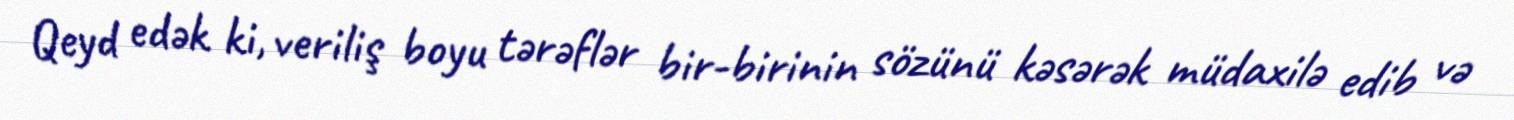
Qeyd edək ki, veriliş boyu tərəflər bir-birinin sözünü kəsərək müdaxilə edib və